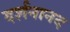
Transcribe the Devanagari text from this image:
दर्शनानद